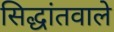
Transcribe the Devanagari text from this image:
सिद्धांतवाले